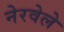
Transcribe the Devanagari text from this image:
नेरवेले